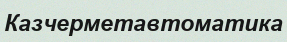
Казчерметавтоматика